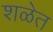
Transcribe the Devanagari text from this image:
शळेत